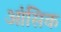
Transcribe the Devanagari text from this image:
आंसिक